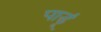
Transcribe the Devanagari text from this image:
पाडूं